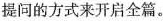
提问的方式来开启全篇。